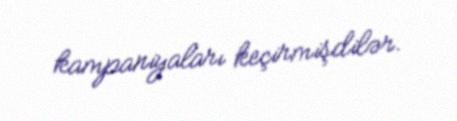
kampaniyaları keçirmişdilər.